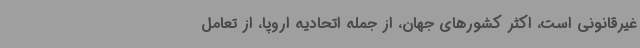
غیرقانونی است، اکثر کشورهای جهان، از جمله اتحادیه اروپا، از تعامل